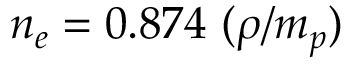
n _ { e } = 0 . 8 7 4 \ ( \rho / m _ { p } )